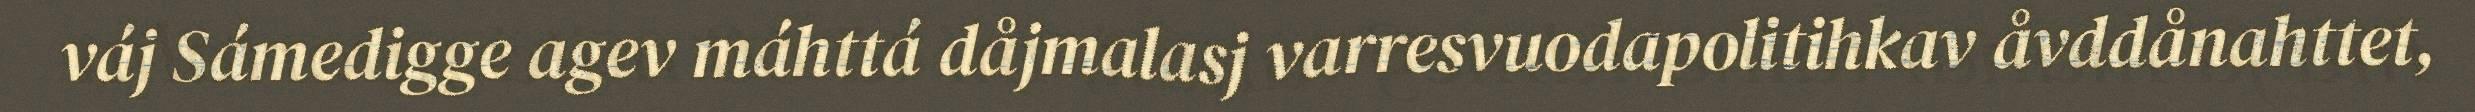
váj Sámedigge agev máhttá dåjmalasj varresvuodapolitihkav åvddånahttet,